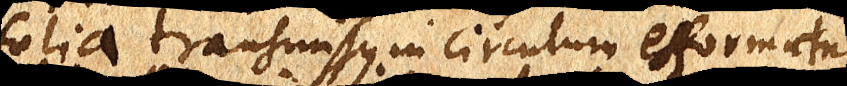
folia transmissus in circulum efformatur,